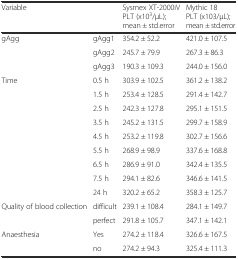
<table><thead><tr><td colspan="2"><b>Variable</b></td><td><b>Sysmex XT-2000iV PLT (x10<sup>3</sup>/μL); mean ± std.error</b></td><td><b>Mythic 18 PLT (x103/μL); mean ± std.error</b></td></tr></thead><tbody><tr><td rowspan="3">gAgg</td><td>gAgg1</td><td>354.2 ± 52.2</td><td>421.0 ± 107.5</td></tr><tr><td>gAgg2</td><td>245.7 ± 79.9</td><td>267.3 ± 86.3</td></tr><tr><td>gAgg3</td><td>190.3 ± 109.3</td><td>244.0 ± 156.0</td></tr><tr><td rowspan="9">Time</td><td>0.5 h</td><td>303.9 ± 102.5</td><td>361.2 ± 138.2</td></tr><tr><td>1.5 h</td><td>253.4 ± 128.5</td><td>291.4 ± 142.7</td></tr><tr><td>2.5 h</td><td>242.3 ± 127.8</td><td>295.1 ± 151.5</td></tr><tr><td>3.5 h</td><td>245.2 ± 131.5</td><td>299.7 ± 158.9</td></tr><tr><td>4.5 h</td><td>253.2 ± 119.8</td><td>302.7 ± 156.6</td></tr><tr><td>5.5 h</td><td>268.9 ± 98.9</td><td>337.6 ± 168.8</td></tr><tr><td>6.5 h</td><td>286.9 ± 91.0</td><td>342.4 ± 135.5</td></tr><tr><td>7.5 h</td><td>294.1 ± 82.6</td><td>346.6 ± 141.5</td></tr><tr><td>24 h</td><td>320.2 ± 65.2</td><td>358.3 ± 125.7</td></tr><tr><td rowspan="2">Quality of blood collection</td><td>difficult</td><td>239.1 ± 108.4</td><td>284.1 ± 149.7</td></tr><tr><td>perfect</td><td>291.8 ± 105.7</td><td>347.1 ± 142.1</td></tr><tr><td rowspan="2">Anaesthesia</td><td>Yes</td><td>274.2 ± 118.4</td><td>326.6 ± 167.5</td></tr><tr><td>no</td><td>274.2 ± 94.3</td><td>325.4 ± 111.3</td></tr></tbody></table>